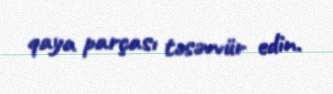
qaya parçası təsəvvür edin.